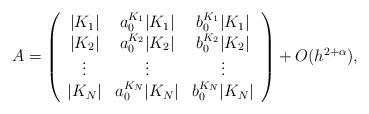
LaTeX: \begin{align*}A=\left(\begin{array}{ccc} |K_{1}|& a_0^{K_1}|K_1| & b_0^{K_1}|K_1|\\ |K_{2}|& a_0^{K_2}|K_2| & b_0^{K_2}|K_2|\\ \vdots&\vdots&\vdots\\ |K_{N}|& a_0^{K_N}|K_N| & b_0^{K_N}|K_N| \end{array}\right)+O(h^{2+\alpha}), \end{align*}